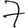
Digit: 7